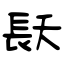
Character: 镺